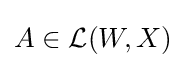
A\in {\mathcal {L}}(W,X)